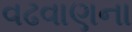
વઢવાણના